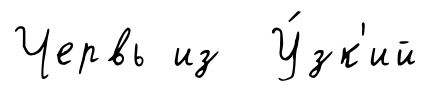
Червь из У́зк'ий